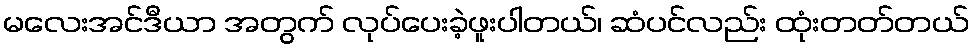
မလေးအင်ဒီယာ အတွက် လုပ်ပေးခဲ့ဖူးပါတယ်၊ ဆံပင်လည်း ထုံးတတ်တယ်